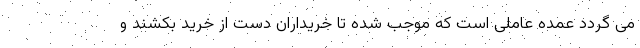
می گردد عمده عاملی است که موجب شده تا خریداران دست از خرید بکشند و